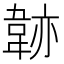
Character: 𩎭